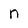
Character: n